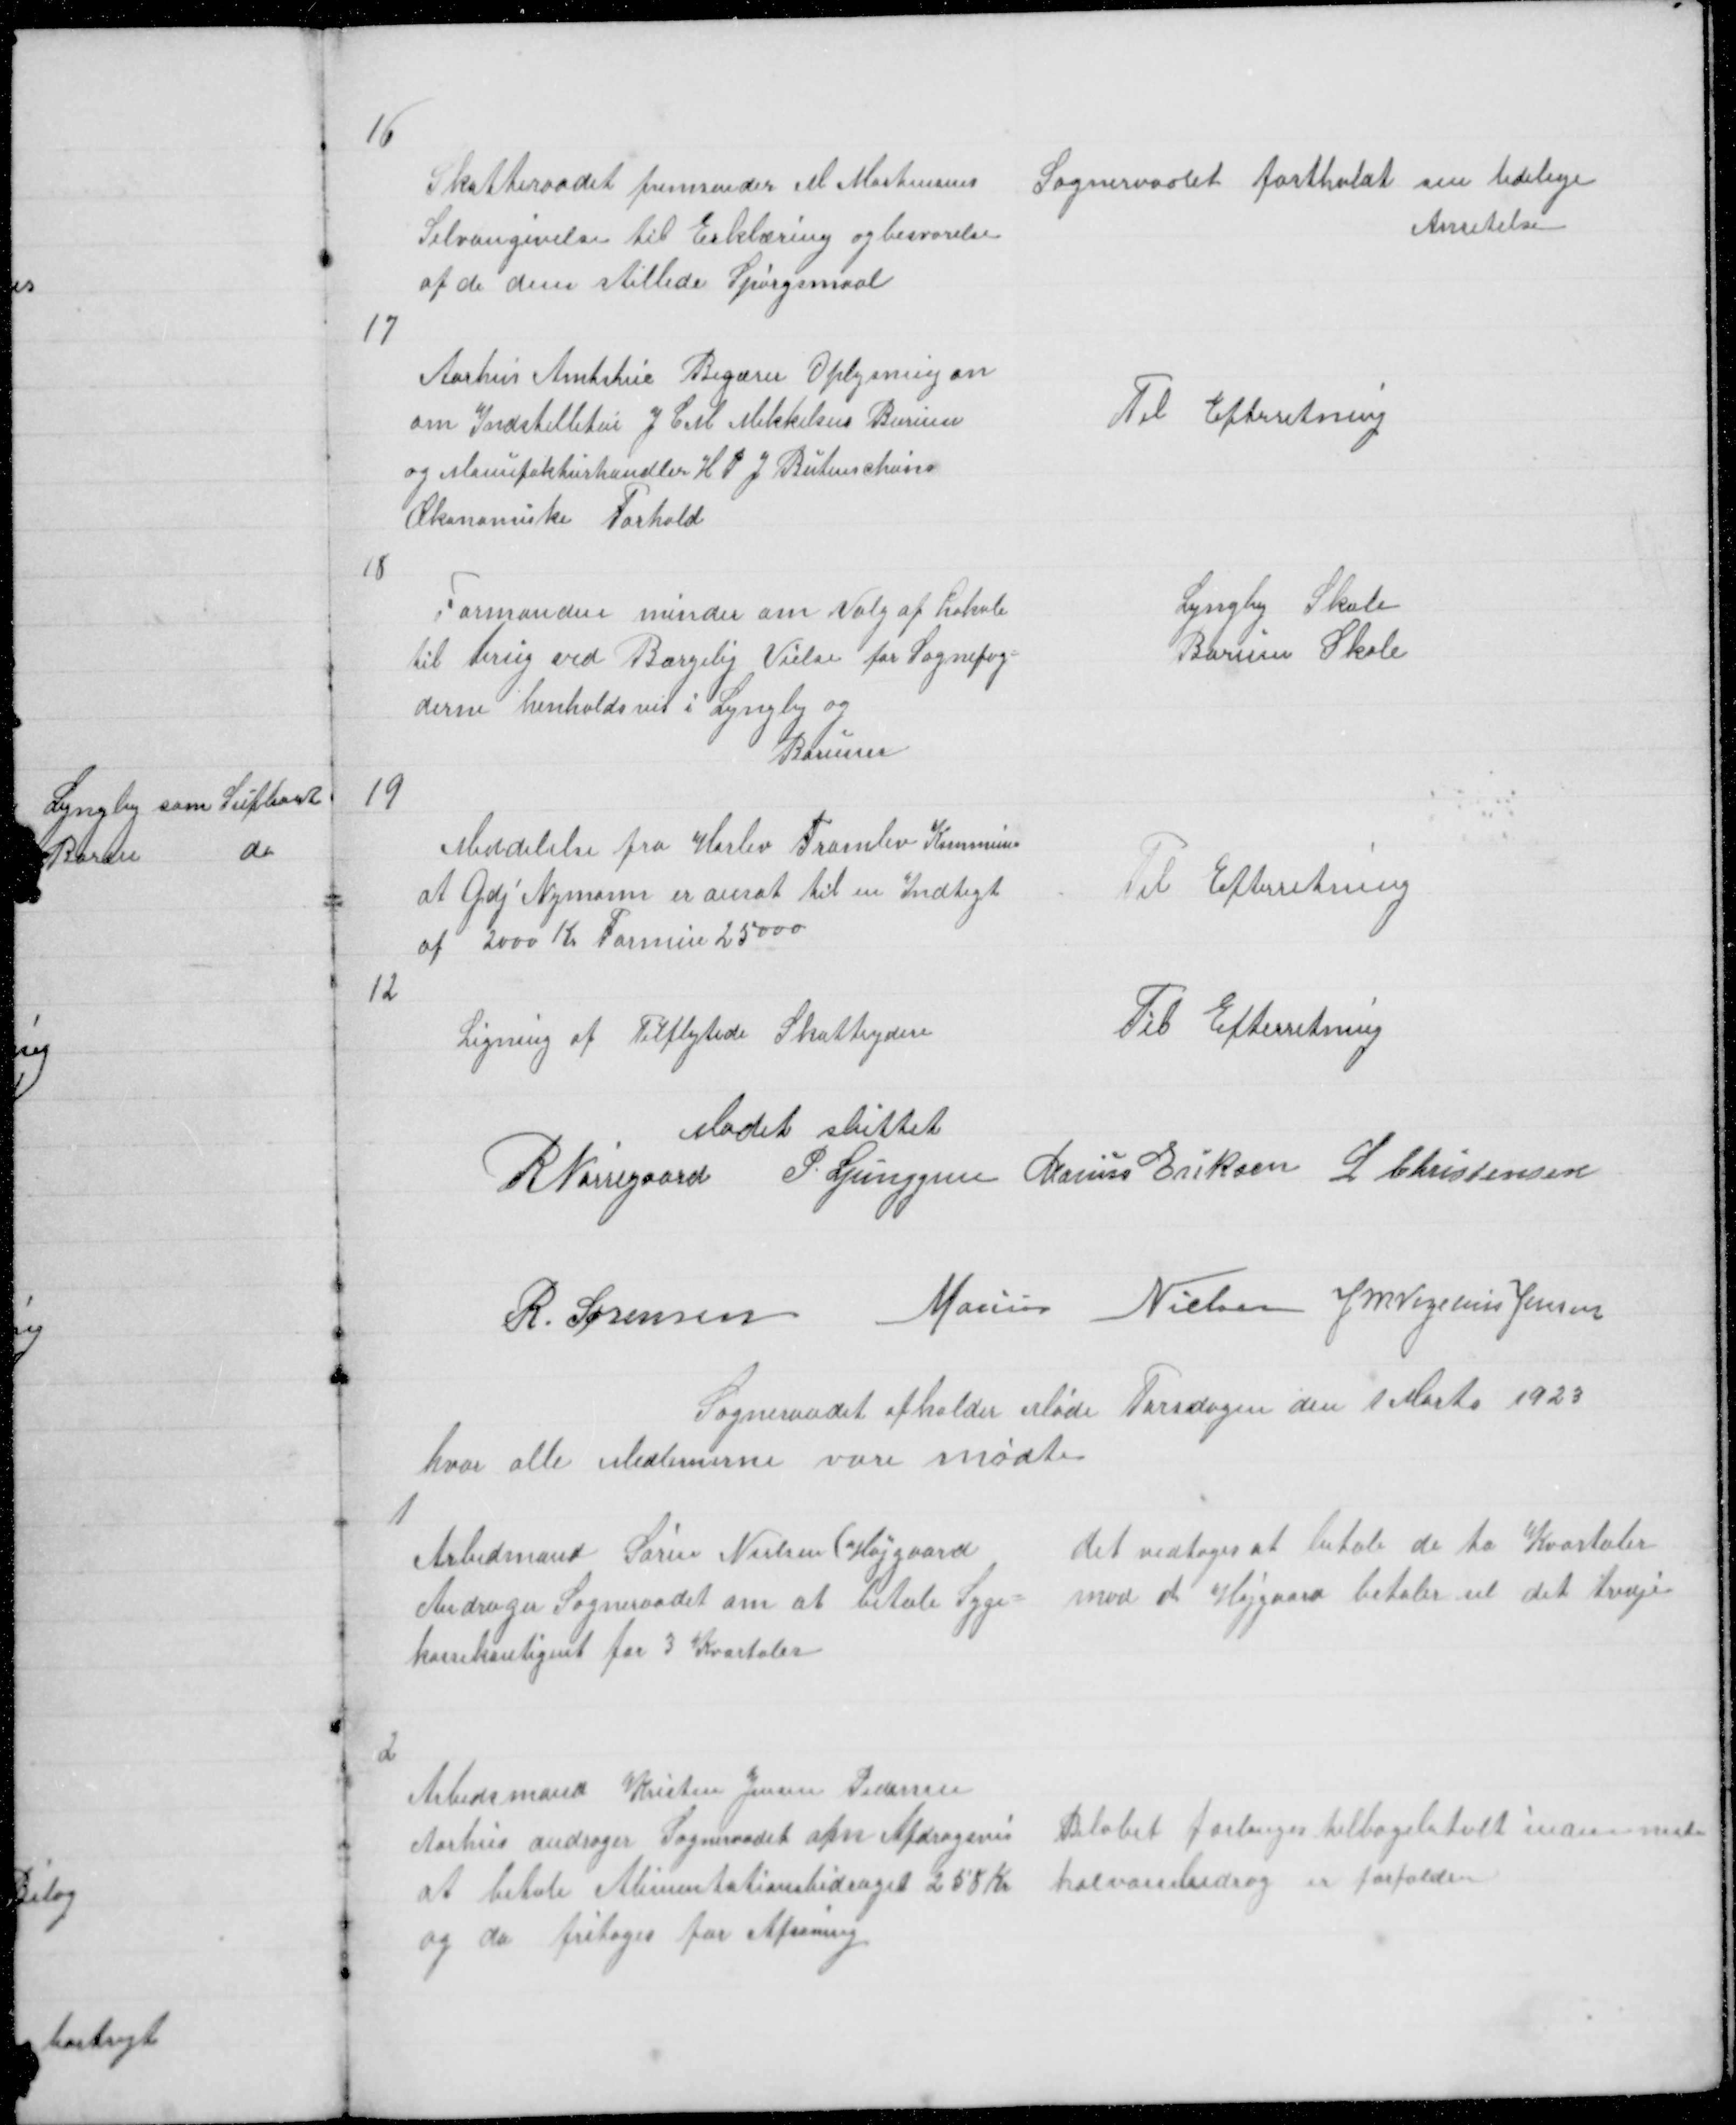
Transskription:
16

Skatteraadet fremsender M Mortensens
Selvangivelse til Erklæring og besvarelse
af de dem stillede Spørgsmaal

Sogneraadet fastholdt sin tidelige
Ansetelse

17

Aarhus Amtstue Begærer Oplysning an
om Indstelletur J Carl Mikkelsens Borum
og Manufakturhandler H P J Butenschøns
Økonomiske Forhold

Til Efterretning

18

Formanden minder om Valg af Lokale
til brug ved Borgelig Vielse for Sognefog=
derne henholdsvis i Lyngby og
Borum

Lyngby Skole
Borum Skole

19

Meddelelse fra Harlev Framlev Kommune
at Gdj Nymann er ansat til en Indtegt
af 2000 Kr Formue 25000

Til Efterretning

12

Ligning af Tilflytede Skatteydere

Til Efterretning

Mødet sluttet
R Nørregaard P. Ljunggren Marius Eriksen L Christensen
R. Sørensen Marius Nielsen J M Vogelius Jensen

Sogneraadet afholder Møde Torsdagen den 1 Marts 1923
hvor alle Medlemerne vare mødte

1

Arbedmand Søren Nielsen (Højgaard
Andrager Sogneraadet om at betale Syge =
kassekontigent for 3 Kvartaler

det vedtoges at betale de to Kvartaler
mod at Højgaard betaler sel det tredje

2

Arbedsmand Kristen Jensen Pedersen
Aarhus andrager Sogneraadet om Afdragsvis
at betale Alimentationsbidraget 258 Kr
og da fritages for Afsoning

Beløbet forlanges tilbagebetalt inden neste
halvaarsbidrag er forfalden